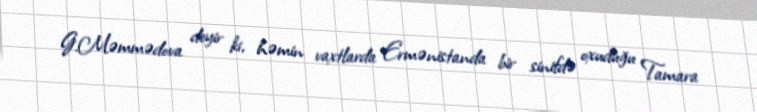
G.Məmmədova deyir ki, həmin vaxtlarda Ermənistanda bir sinifdə oxuduğu Tamara